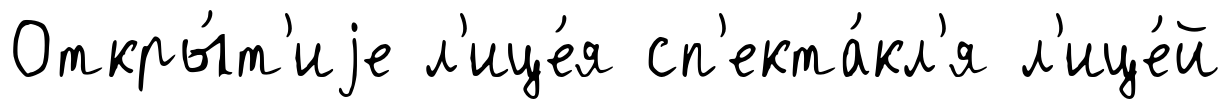
Откры́т'иjе л'ице́я сп'екта́кл'я л'ице́й